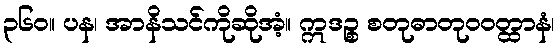
၃၆၀။ ပန၊ အာနိသင်ကိုဆိုအံ့။ ဣဒဉ္စ စတုဓာတုဝဝတ္ထာနံ၊